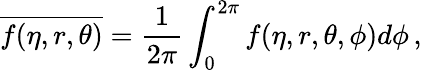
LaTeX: \overline{{f(\eta,r,\theta)}}=\frac{1}{2\pi}\int_{0}^{2\pi}f(\eta,r,\theta,\phi)d\phi\, ,